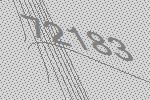
72183